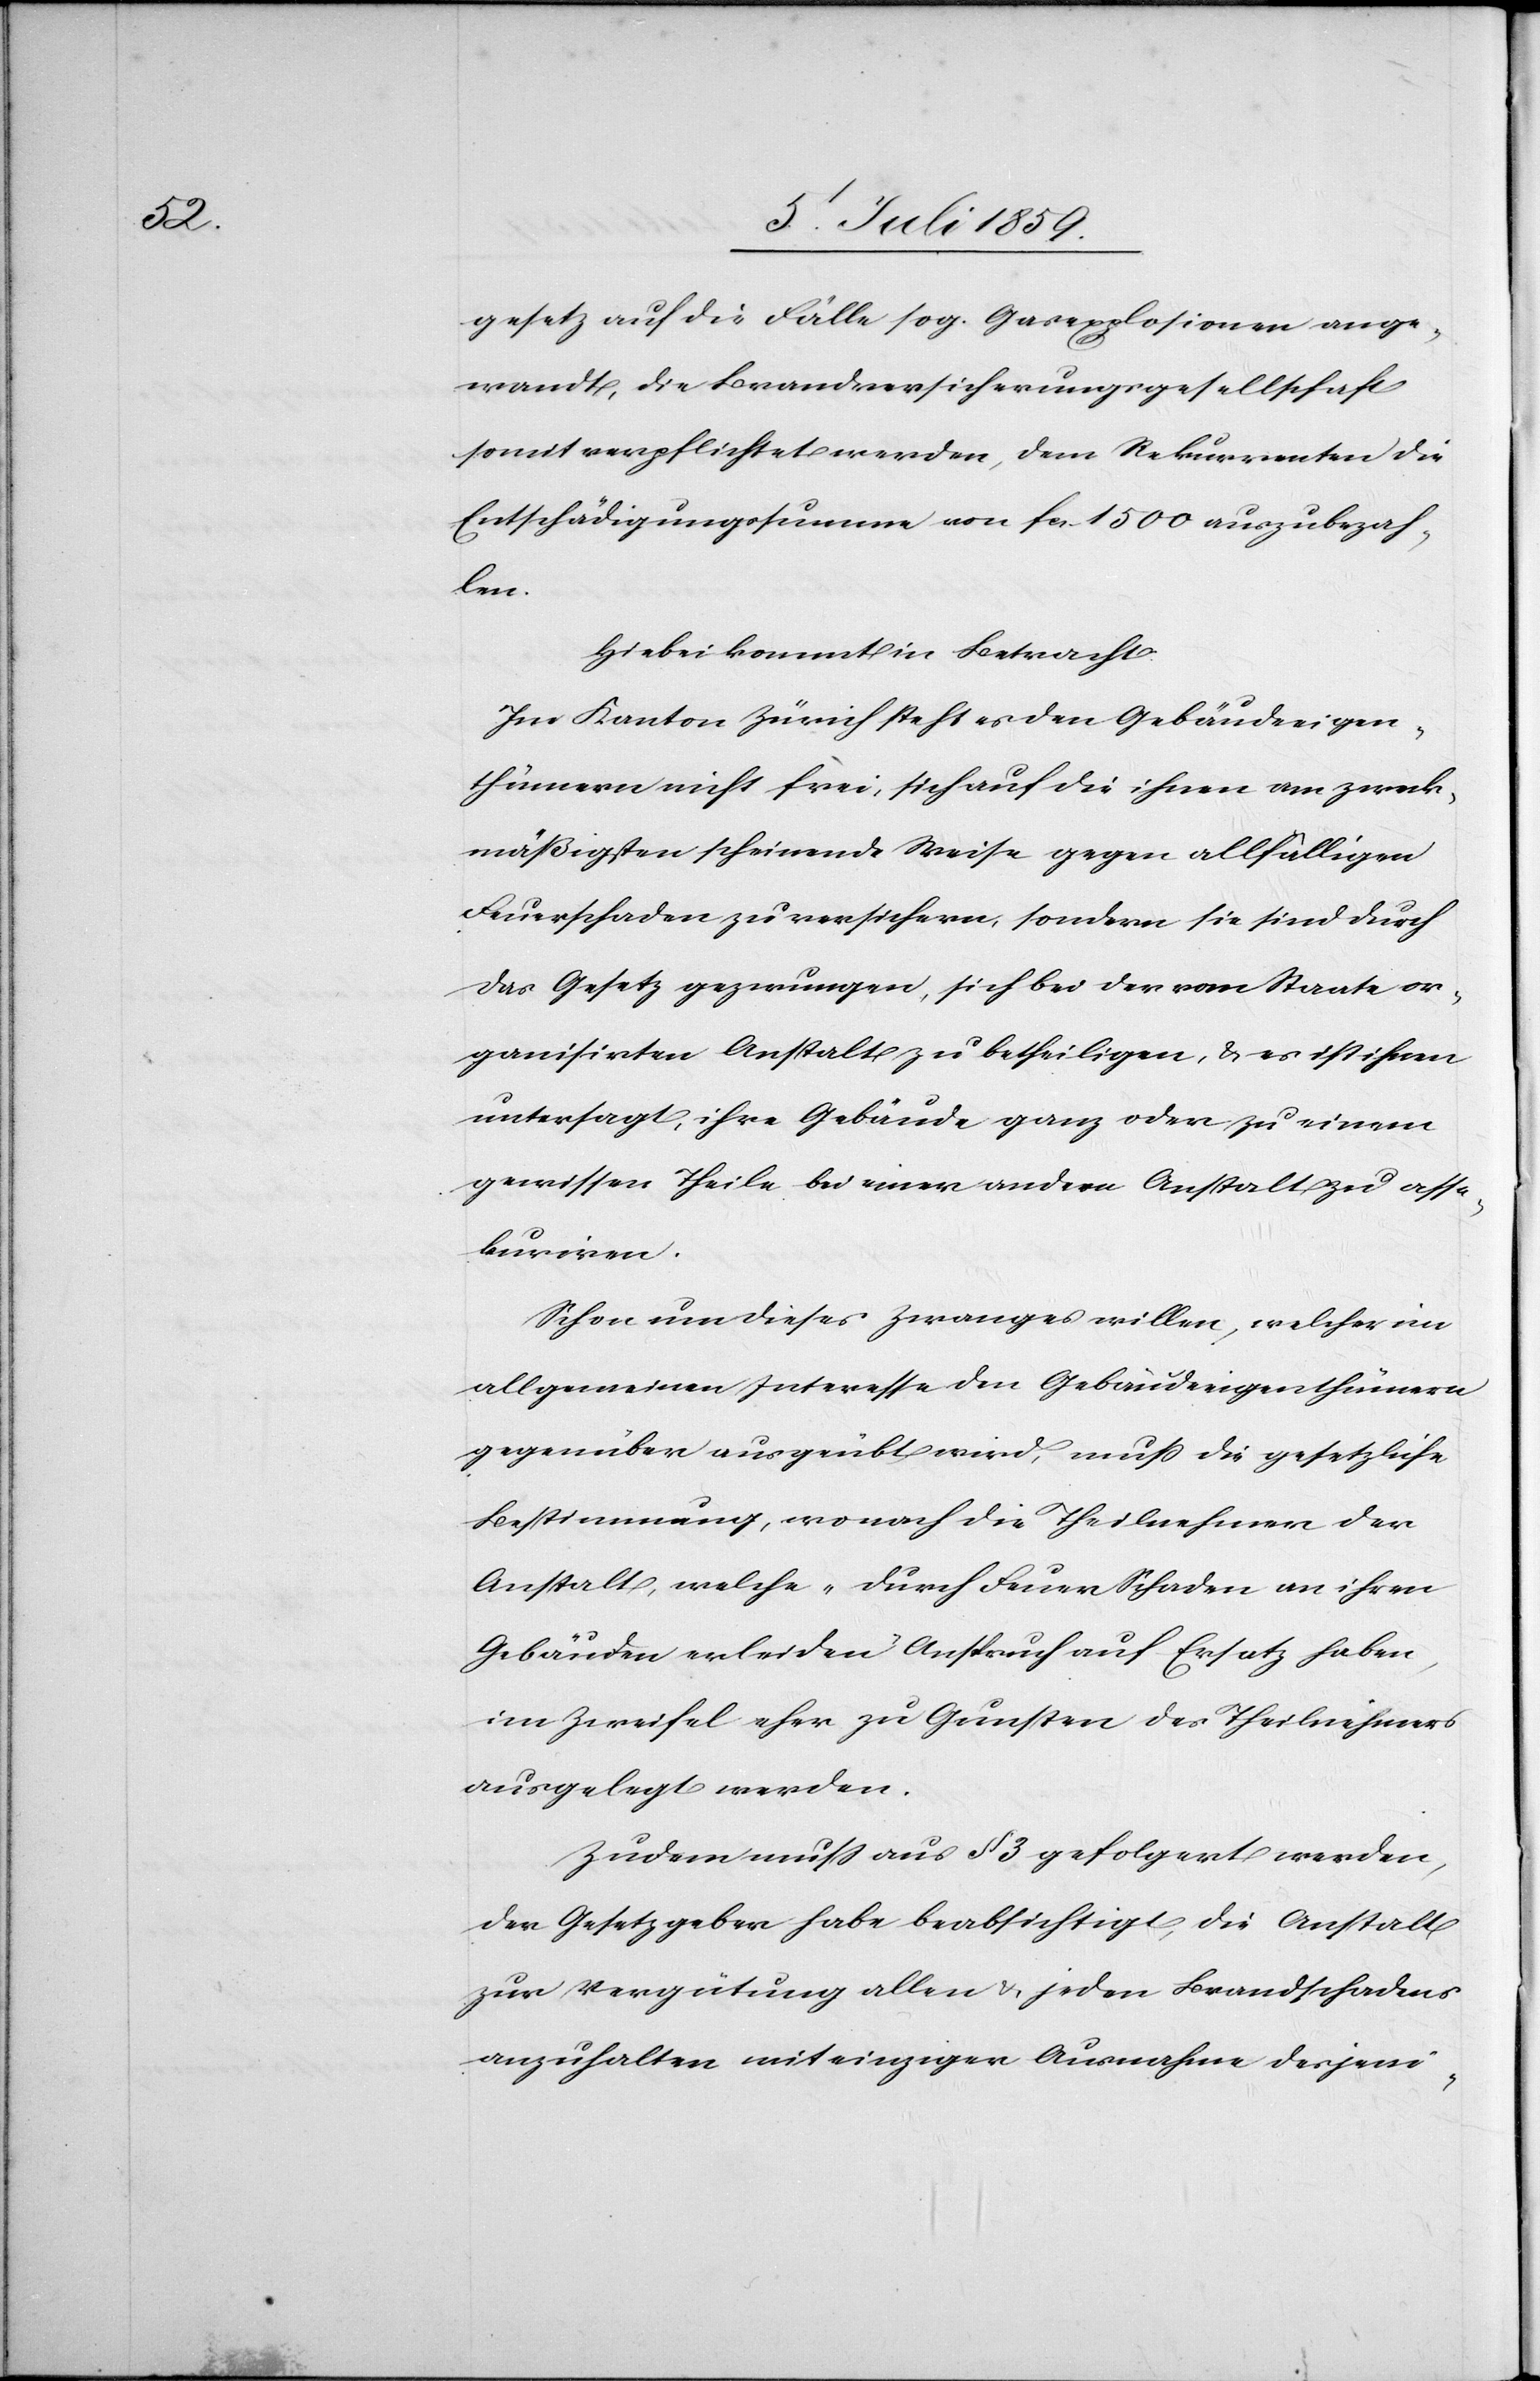
gesetz auf die Fälle sog. Gasexplosionen ange¬
wandt, die Brandversicherungsgesellschaft
somit verpflichtet werden, dem Rekurrenten die
Entschädigungssumme von fcs. 1500 auszubezah¬
len.
Hiebei kommt in Betracht.
Im Kanton Zürich steht es den Gebäudeeigen¬
thümern nicht frei, sich auf die ihnen am zweck¬
mäßigsten scheinende Weise gegen allfälligen
Feuerschaden zu versichern, sondern sie sind durch
das Gesetz gezwungen, sich bei der vom Staate or¬
ganisirten Anstalt zu betheiligen, u. es ist ihnen
untersagt, ihre Gebäude ganz oder zu einem
gewissen Theile bei einer andern Anstalt zu asse¬
kuriren.
Schon um dieses Zwanges willen, welcher im
allgemeinen Interesse den Gebäudeeigenthümern
gegenüber ausgeübt wird, muß die gesetzliche
Bestimmung, wonach die Theilnehmer der
Anstalt, welche „durch Feuerschaden an ihren
Gebäuden erleiden“ Anspruch auf Ersatz haben,
im Zweifel eher zu Gunsten des Theilnehmers
ausgelegt werden.
Zudem muß aus § 3 gefolgert werden,
der Gesetzgeber habe beabsichtigt, die Anstalt
zur Vergütung allen u. jeden Brandschadens
anzuhalten mit einziger Ausnahme desjeni-